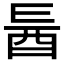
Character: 𮠙